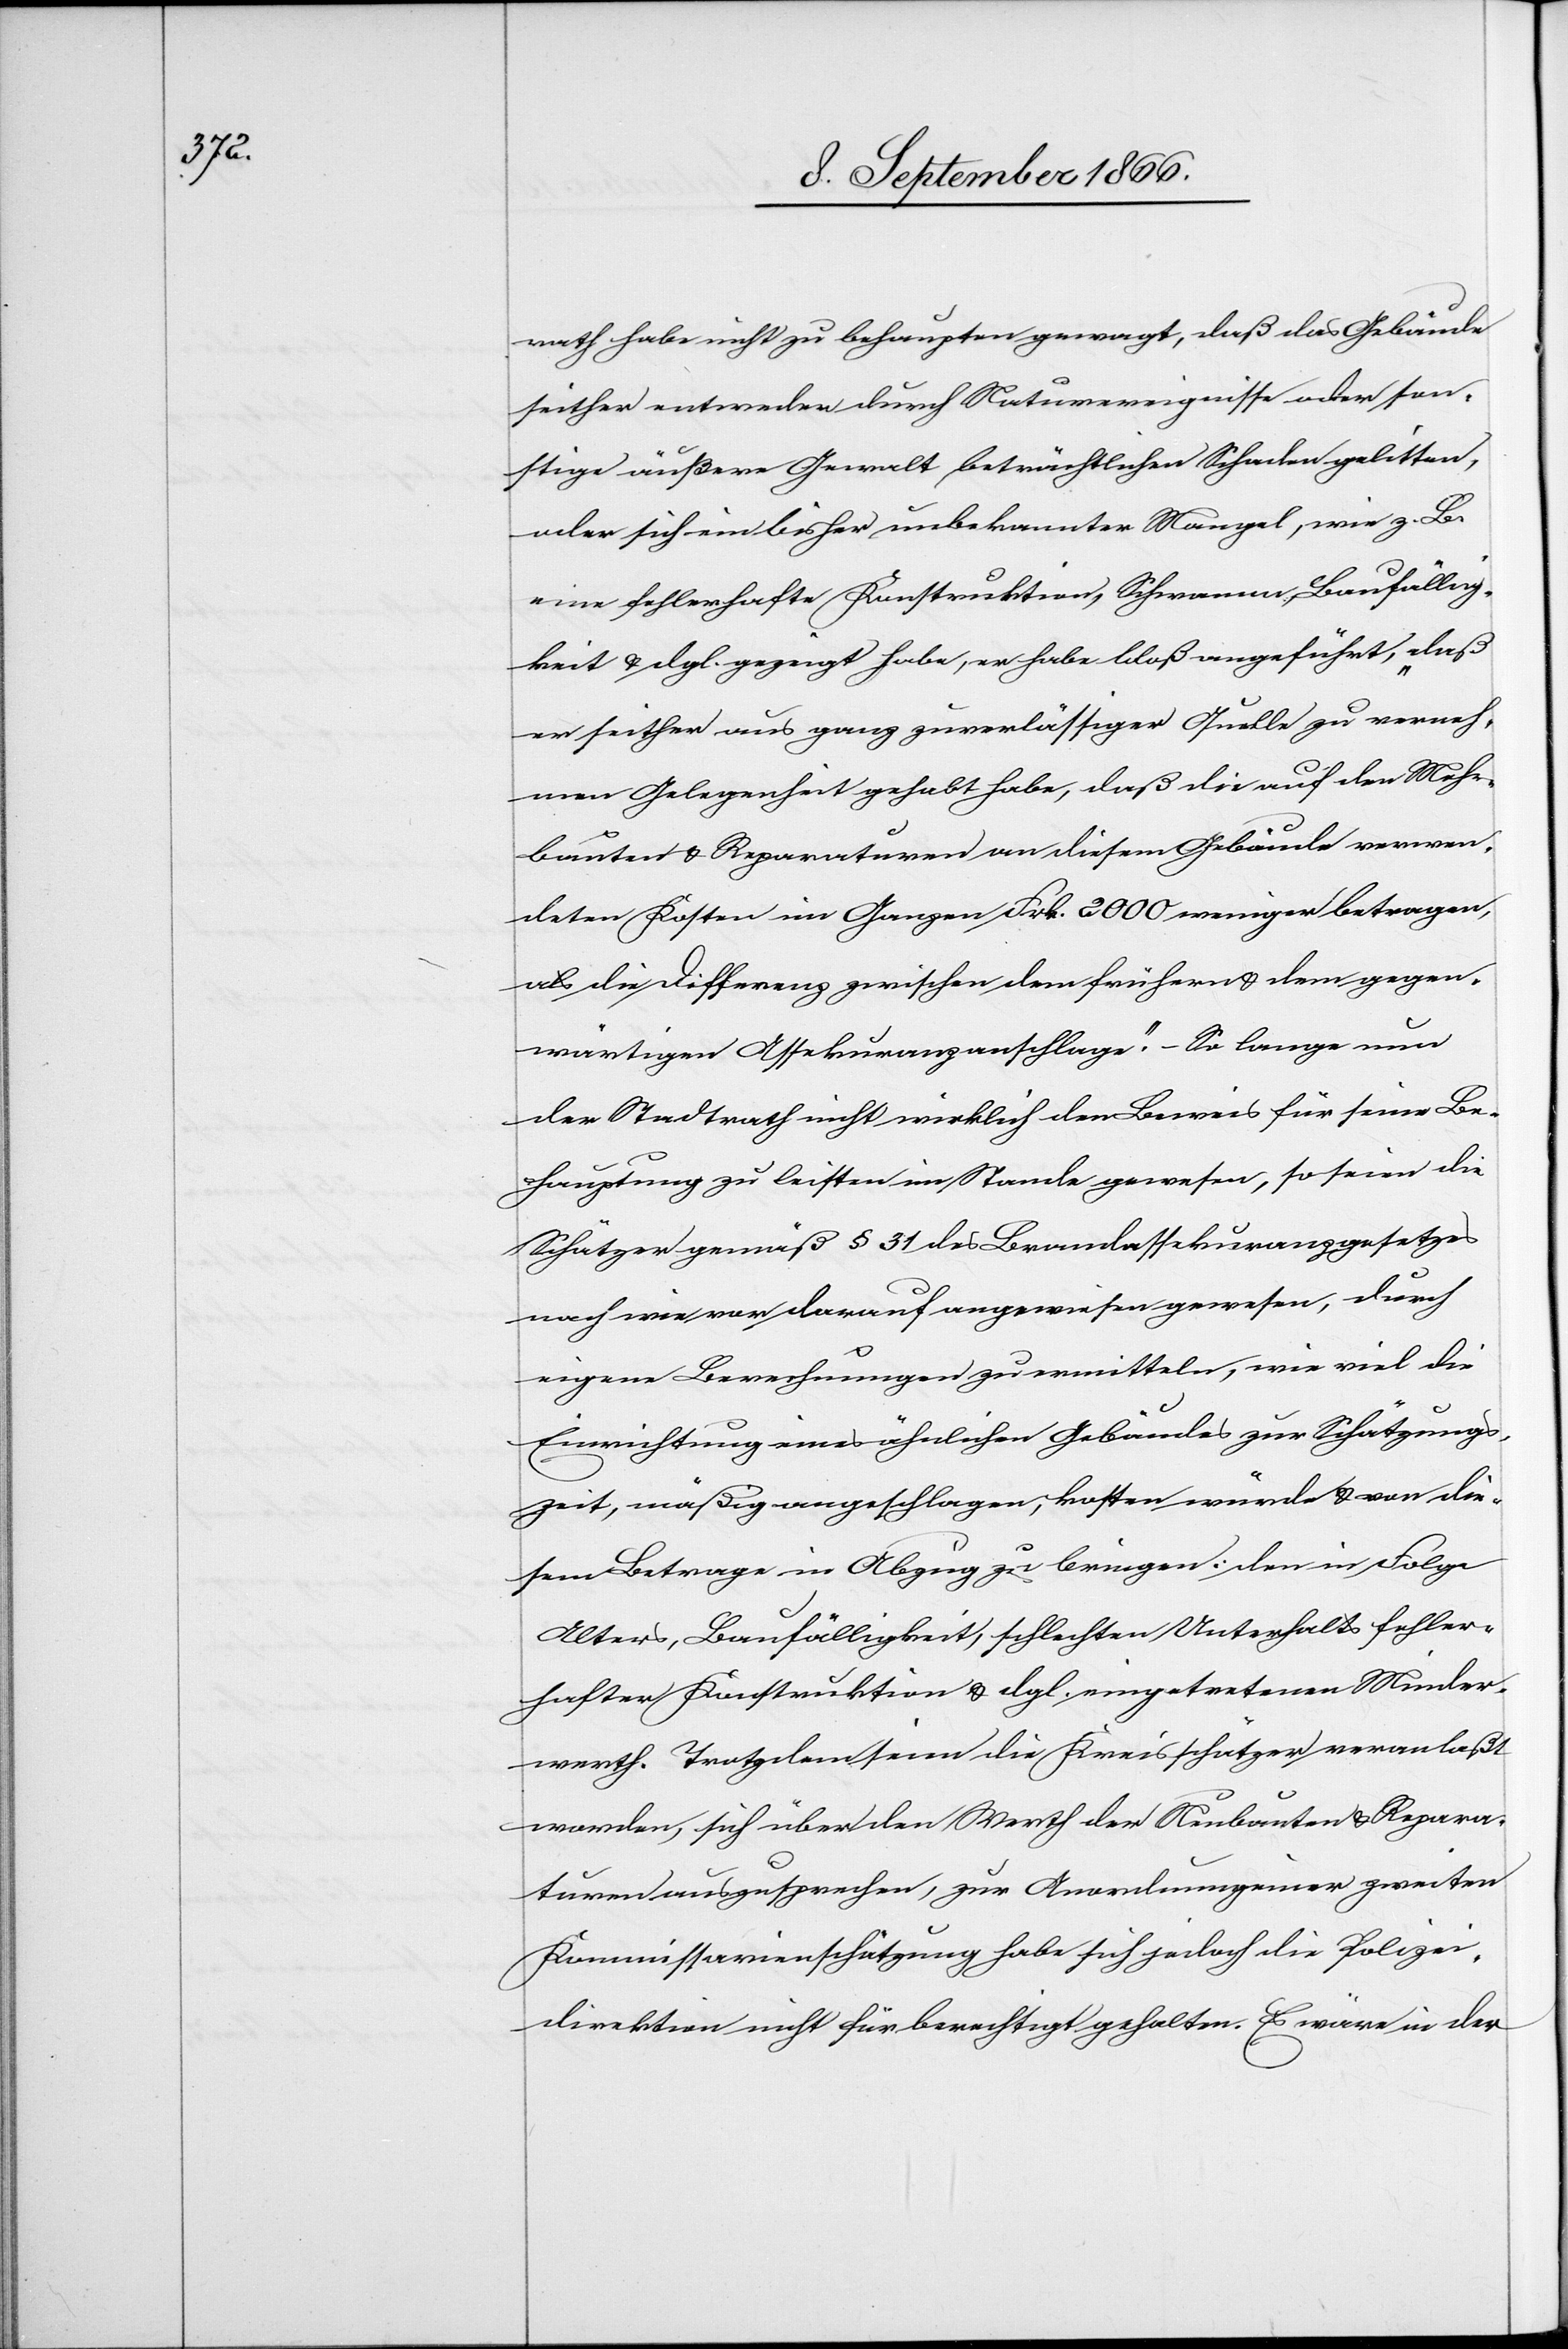
rath habe nicht zu behaupten gewagt, daß das Gebäude
seither entweder durch Naturereignisse oder son¬
stige äußere Gewalt beträchtlichen Schaden gelitten,
oder sich ein bisher unbekannter Mangel, wie z. B.
eine fehlerhafte Konstruktion, Schrammen, Baufällig¬
keit u. dgl. gezeigt habe, er habe bloß angeführt: „daß
er seither aus ganz zuverlässiger Quelle zu verneh¬
men Gelegenheit gehabt habe, daß die auf den Mehr¬
bauten u. Reparaturen an diesem Gebäude verwen¬
deten Kosten im Ganzen Frk. 2000 weniger betragen,
als die Differenz zwischen dem frühern u. dem gegen¬
wärtigen Assekuranzanschlage.“ – So lange nun
der Stadtrath nicht wirklich den Beweis für seine Be¬
hauptung zu leisten im Stande gewesen, so seien die
Schätzer gemäß § 31 des Brandassekuranzgesetzes
nach wie vor darauf angewiesen gewesen, durch
eigene Berechnungen zu ermitteln, wie viel die
Einrichtung eines ähnlichen Gebäudes zur Schätzungs¬
zeit, mäßig angeschlagen, kosten würde u. von die¬
sem Betrage in Abzug zu bringen: den in Folge
Alters, Baufälligkeit, schlechten Unterhalts, fehler¬
hafter Konstruktion u. dgl. eingetretenen Minder¬
werth. Trotzdem seien die Kreisschätzer veranlaßt
worden, sich über den Werth der Neubauten u. Repara¬
turen auszusprechen, zur Anordnung einer zweiten
Kommissarienschätzung habe sich jedoch die Polizei¬
direktion nicht für berechtigt gehalten. Es wäre in der